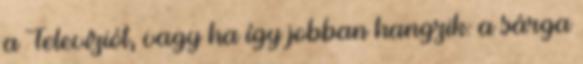
a Tele­ví­ziót, vagy ha így jobban hangzik: a sárga